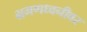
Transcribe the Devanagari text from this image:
भ्रमणध्वनीवर